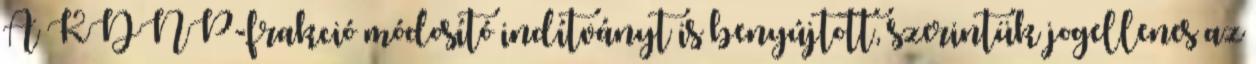
A KDNP-frakció módosító indítványt is benyújtott, szerintük jogellenes az